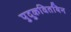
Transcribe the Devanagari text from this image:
पुदुकवितयिन